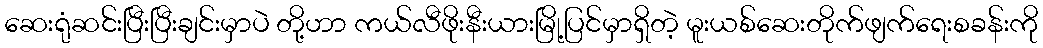
ဆေးရုံဆင်းပြီးပြီးချင်းမှာပဲ တို့ဟာ ကယ်လီဖိုးနီးယားမြို့ပြင်မှာရှိတဲ့ မူးယစ်ဆေးတိုက်ဖျက်ရေးစခန်းကို